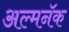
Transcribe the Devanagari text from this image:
अल्मनॅक